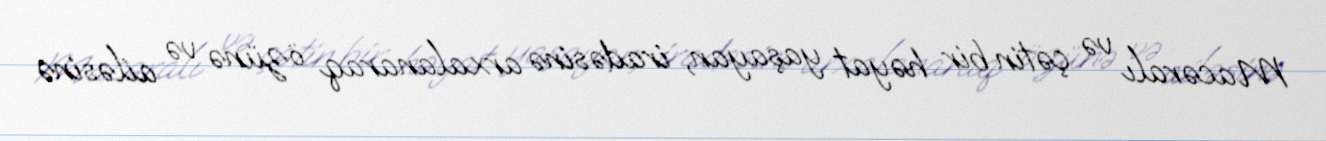
Macəralı və çətin bir həyat yaşayan, iradəsinə arxalanaraq özünə və ailəsinə